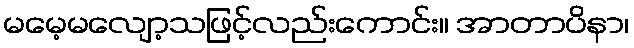
မမေ့မလျော့သဖြင့်လည်းကောင်း။ အာတာပိနာ၊